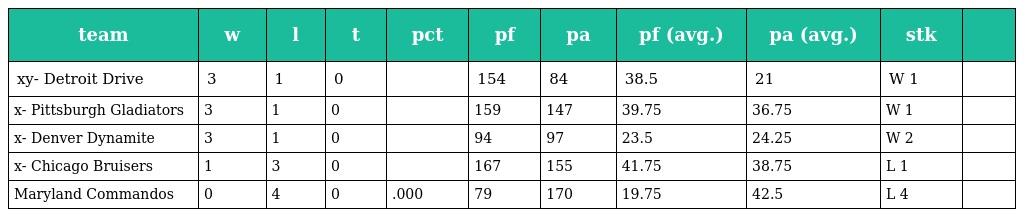
| team | w | l | t | pct | pf | pa | pf (avg.) | pa (avg.) | stk |  |
 | --- | --- | --- | --- | --- | --- | --- | --- | --- | --- | --- |
 | xy- Detroit Drive | 3 | 1 | 0 |  | 154 | 84 | 38.5 | 21 | W 1 |  |
 | x- Pittsburgh Gladiators | 3 | 1 | 0 |  | 159 | 147 | 39.75 | 36.75 | W 1 |  |
 | x- Denver Dynamite | 3 | 1 | 0 |  | 94 | 97 | 23.5 | 24.25 | W 2 |  |
 | x- Chicago Bruisers | 1 | 3 | 0 |  | 167 | 155 | 41.75 | 38.75 | L 1 |  |
 | Maryland Commandos | 0 | 4 | 0 | .000 | 79 | 170 | 19.75 | 42.5 | L 4 |  |